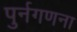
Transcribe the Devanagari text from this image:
पुर्नगणना